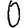
Digit: 0